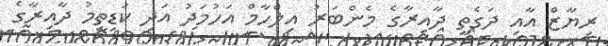
ރިޔާޒް އާއި ދަގެތީ ދާއިރާގެ މެންބަރު އިލްހާމް އަހުމަދު އަދި ކަޑިތީމު ދާއިރާގެ